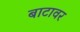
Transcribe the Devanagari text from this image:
बाटावर